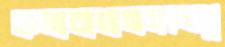
কলাবাগানসংলগ্ন